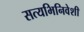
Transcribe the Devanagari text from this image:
सत्यभिनिवेशी